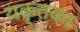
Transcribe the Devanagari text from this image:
यकृतका